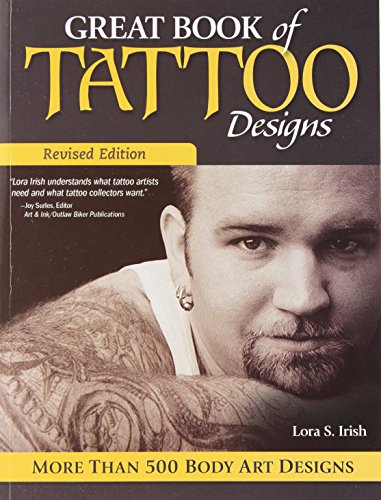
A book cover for Great Book of Tattoo Designs, Revised Edition: More than 500 Body Art Designs; Lora Irish; Arts & Photography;